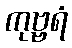
ကုဗ္ဗရံ